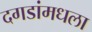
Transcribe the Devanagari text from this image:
दगडांमधला